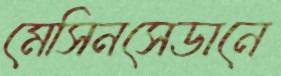
মেসিনসেডানে